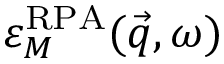
\varepsilon _ { M } ^ { \mathrm { R P A } } ( \vec { q } , \omega )